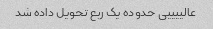
عالییییی حدوده یک ربع تحویل داده شد